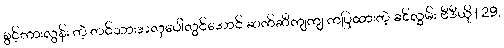
စွင့်ကားလွန်း တဲ့ တင်သားအလှပေါ်လွင်အောင် ဆက်ဆီကျကျ ကပြထားတဲ့ ခင်လွှမ်း ဗီဒီယို | 29,